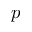
p